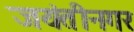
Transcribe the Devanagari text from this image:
जयंतीनगर